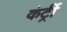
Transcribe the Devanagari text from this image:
कंर्ट्री